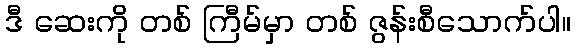
ဒီ ဆေးကို တစ် ကြီမ်မှာ တစ် ဇွန်းစီသောက်ပါ။